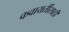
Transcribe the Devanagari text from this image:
कवायतींसाठी